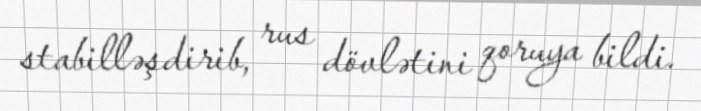
stabilləşdirib, rus dövlətini qoruya bildi.